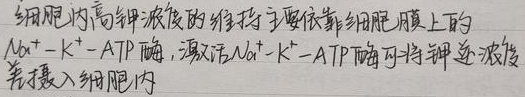
细胞内高钾浓度的维持主要依靠细胞膜上的\(Na^{+}-K^{+}-ATP\) 酶，激活 \(Na^{+}-K^{+}-ATP\) 酶可将钾逆浓度差摄入细胞内。